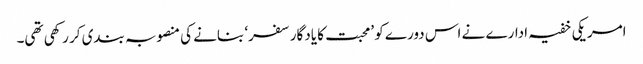
امریکی خفیہ ادارے نے اس دورے کو ’محبت کا یادگار سفر‘ بنانے کی منصوبہ بندی کر رکھی تھی۔